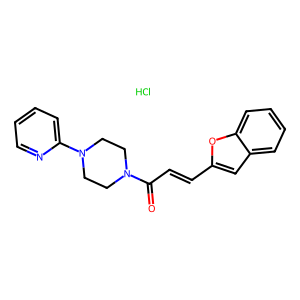
SMILES: Cl.O=C(C=Cc1cc2ccccc2o1)N1CCN(c2ccccn2)CC1
Inhibits HIV replication: No